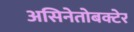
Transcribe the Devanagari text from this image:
असिनेतोबक्टेर